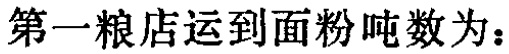
第一粮店运到面粉吨数为：